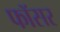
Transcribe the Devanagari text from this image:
फॉसर